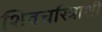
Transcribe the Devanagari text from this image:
शिवचरित्राशी